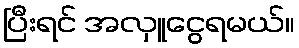
ပြီးရင် အလှူငွေရမယ်။